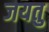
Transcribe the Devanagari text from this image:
जयतु